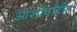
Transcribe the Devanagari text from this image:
आशीर्वादीत